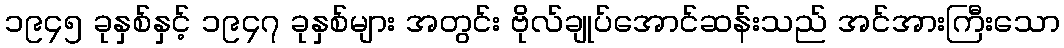
၁၉၄၅ ခုနှစ်နှင့် ၁၉၄၇ ခုနှစ်များ အတွင်း ဗိုလ်ချုပ်အောင်ဆန်းသည် အင်အားကြီးသော